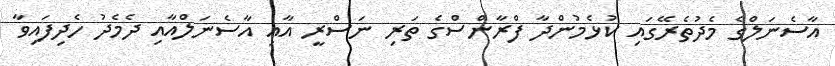
އާސެނަލްގެ މެދުތެރޭގައި ކުޅެމުންދާ ފްރާންސްގެ ތަރި ނަސްރީ އާއި އާސެނަލްއާއި ދެމެދު ހެދިފައިވާ